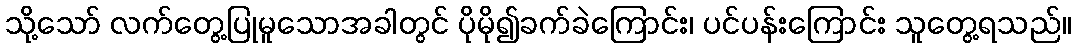
သို့သော် လက်တွေ့ပြုမူသောအခါတွင် ပိုမို၍ခက်ခဲကြောင်း၊ ပင်ပန်းကြောင်း သူတွေ့ရသည်။